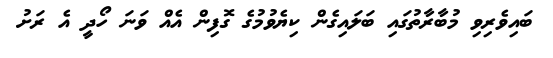
ބައިވެރިވި މުބާރާތުގައި ބަލައިގެން ކިޔެވުމުގެ ގޮފިން އެއް ވަނަ ހޯދީ އެ ރަށު